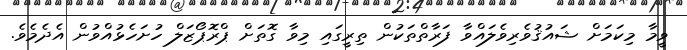
ވީމާ މިކަމަށް ޝައުޤުވެރިވެލައްވާ ފަރާތްތަކުން ތިރީގައި މިވާ ގޮތަށް ޕްރޮޕޯޒަލް ހުށަހެޅުއްވުން އެދެމެވެ.